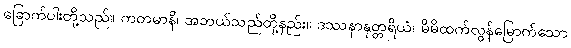
ခြောက်ပါးတို့သည်။ ကတမာနိ၊ အဘယ်သည်တို့နည်း။ ဒဿနာနုတ္တရိယံ၊ မိမိထက်လွန်မြောက်သော